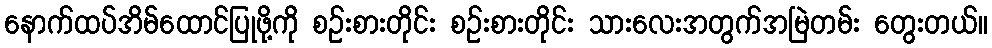
နောက်ထပ်အိမ်ထောင်ပြုဖို့ကို စဉ်းစားတိုင်း စဉ်းစားတိုင်း သားလေးအတွက်အမြဲတမ်း တွေးတယ်။